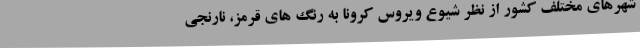
شهرهای مختلف کشور از نظر شیوع ویروس کرونا به رنگ های قرمز، نارنجی